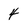
Character: 4